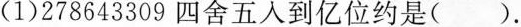
(1)278643309四舍五入到亿位约是().